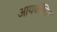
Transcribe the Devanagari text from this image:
आयकॉनिक